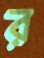
র